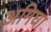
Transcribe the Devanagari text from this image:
अमिघा